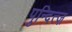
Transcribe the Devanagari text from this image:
पुन्दित्ज़